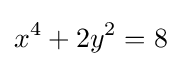
x^{4}+2y^{2}=8